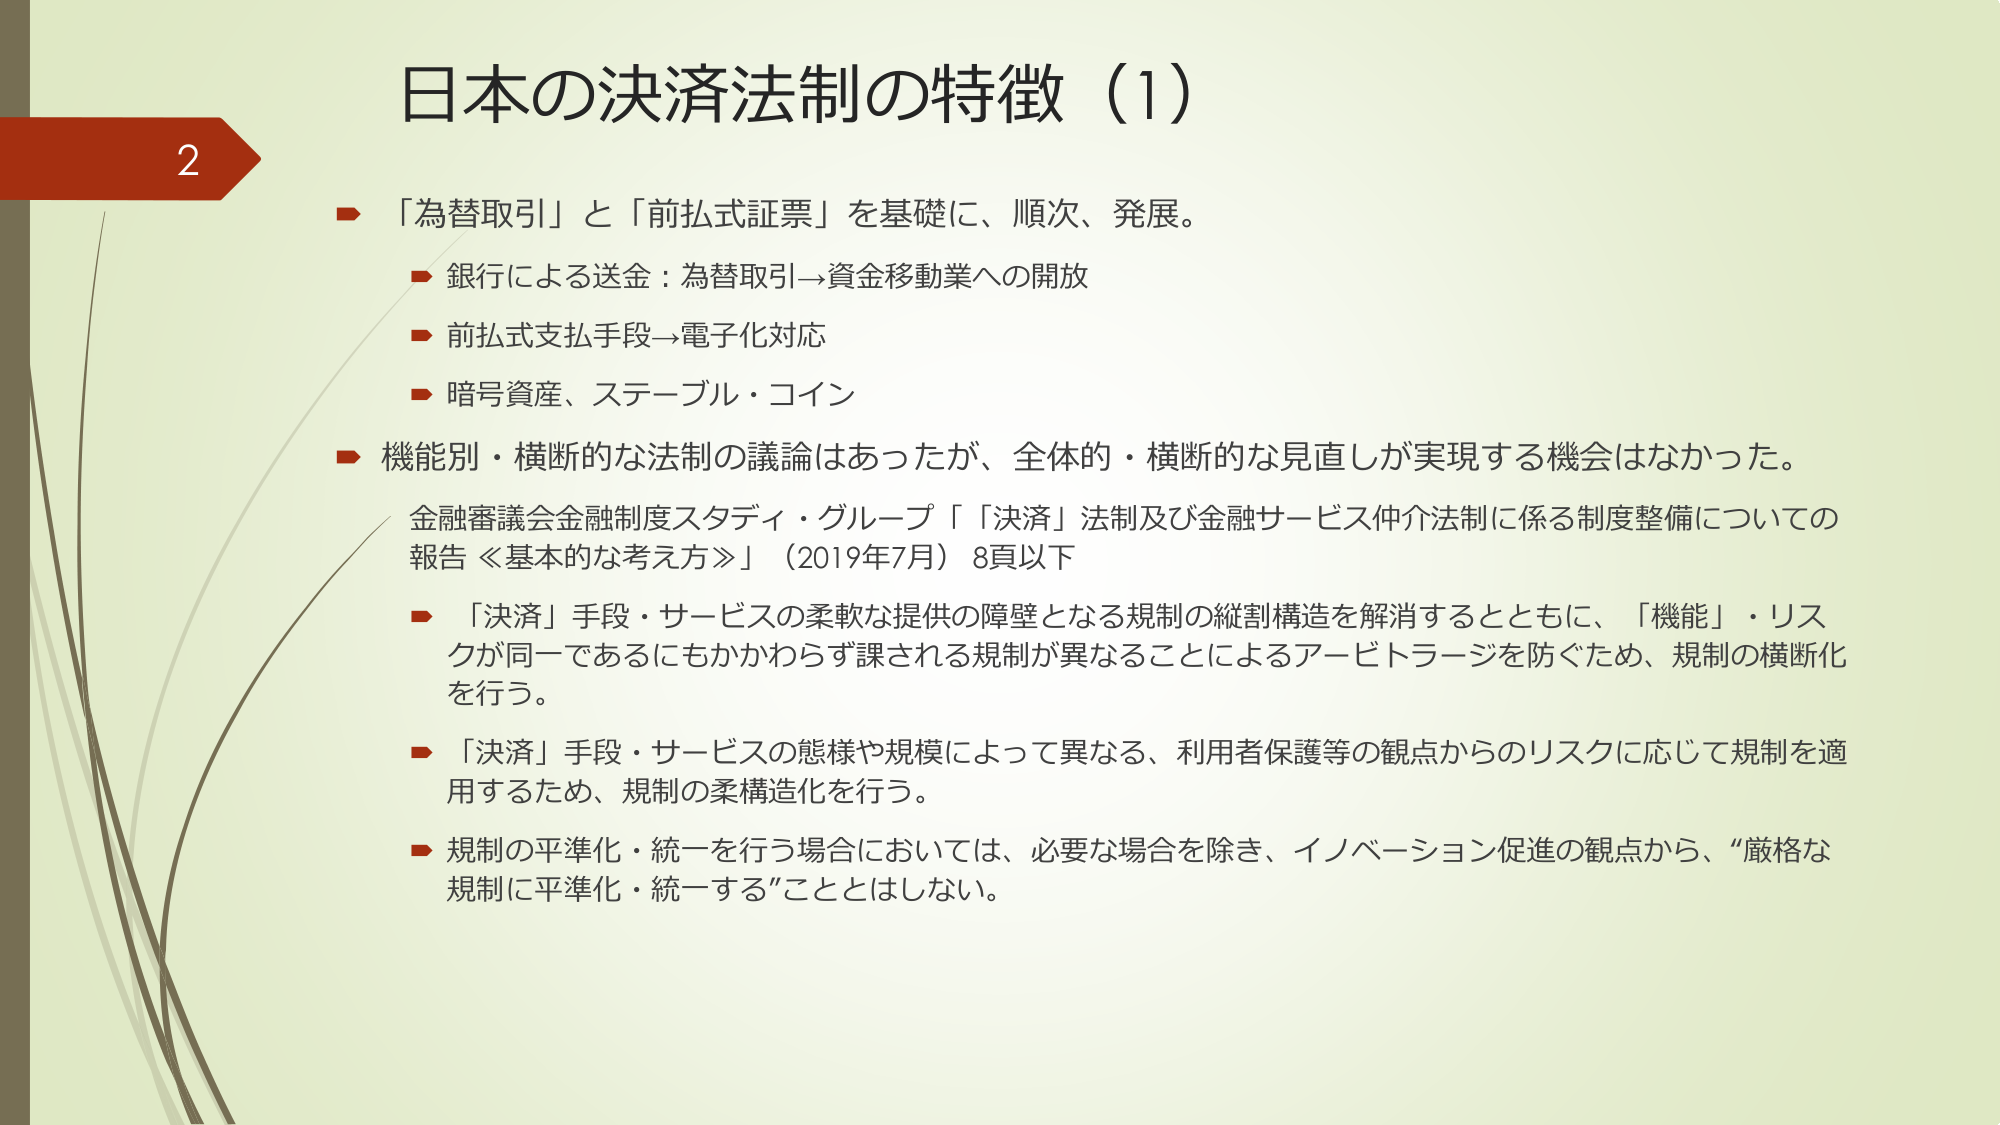
日本の決済法制の特徴（1）

2

「為替取引」と「前払式証票」を基礎に、順次、発展。
　→ 銀行による送金：為替取引→資金移動業への開放
　→ 前払式支払手段→電子化対応
　→ 暗号資産、ステーブル・コイン

機能別・横断的な法制の議論はあったが、全体的・横断的な見直しが実現する機会はなかった。
　金融審議会金融制度スタディ・グループ「『決済』法制及び金融サービス仲介法制に係る制度整備についての報告《基本的な考え方》」（2019年7月）8頁以下

　→ 「決済」手段・サービスの柔軟な提供の障壁となる規制の縦割構造を解消するとともに、「機能」・リスクが同一であるにもかかわらず課される規制が異なることによるアービトラージを防ぐため、規制の横断化を行う。

　→ 「決済」手段・サービスの態様や規模によって異なる、利用者保護等の観点からのリスクに応じて規制を適用するため、規制の柔構造化を行う。

　→ 規制の平準化・統一を行う場合においては、必要な場合を除き、イノベーション促進の観点から、“厳格な規制に平準化・統一する”こととはしない。